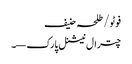
فوٹو/ طلحہ حنیف
چترال نیشنل پارک—۔